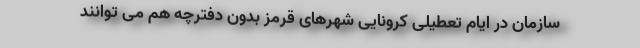
سازمان در ایام تعطیلی کرونایی شهرهای قرمز بدون دفترچه هم می توانند